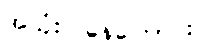
အသုံးပြုနေကြောင်း